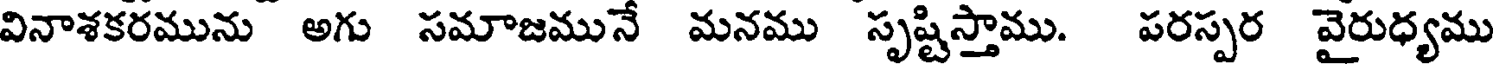
వినాశకరమును అగు సమాజమునే మనము సృష్టిస్తాము. పరస్పర వైరుధ్యము